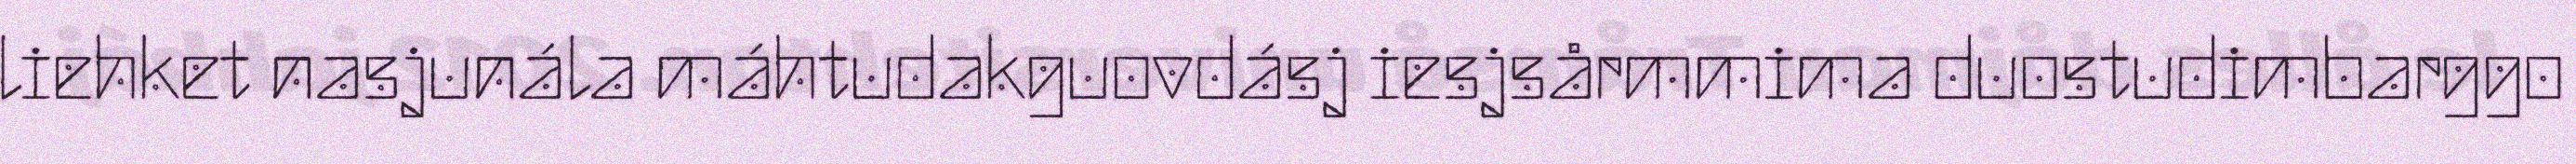
liehket nasjunála máhtudakguovdásj iesjsårmmima duostudimbarggo